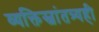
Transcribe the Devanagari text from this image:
व्यक्तिस्वांतत्र्यही